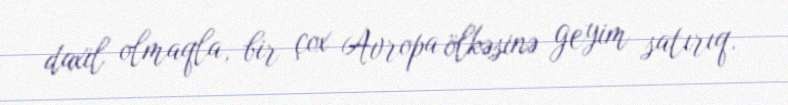
daxil olmaqla, bir çox Avropa ölkəsinə geyim satırıq.